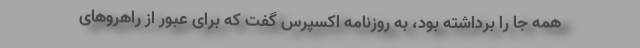
همه جا را برداشته بود، به روزنامه اکسپرس گفت که برای عبور از راهروهای